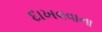
દાખવવાના